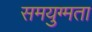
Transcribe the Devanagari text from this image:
समयुग्मता